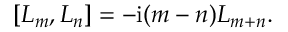
\left[ L _ { m } , L _ { n } \right] = - \mathrm { i } ( m - n ) L _ { m + n } .